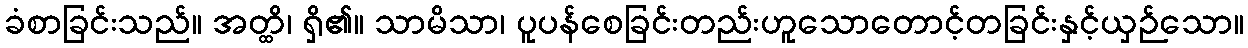
ခံစာခြင်းသည်။ အတ္ထိ၊ ရှိ၏။ သာမိသာ၊ ပူပန်စေခြင်းတည်းဟူသောတောင့်တခြင်းနှင့်ယှဉ်သော။